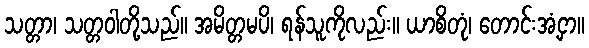
သတ္တာ၊ သတ္တဝါတို့သည်။ အမိတ္တမပိ၊ ရန်သူကိုလည်း။ ယာစိတုံ၊ တောင်းအံ့ငှာ။